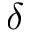
\delta